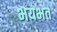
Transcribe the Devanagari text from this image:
भयभत